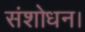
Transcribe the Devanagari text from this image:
संशोधन।